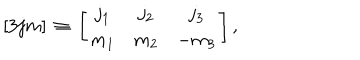
\left[ 3 j m \right] \, \equiv \, \left[ \begin{array} { c c c } { { j _ { 1 } } } & { { j _ { 2 } } } & { { j _ { 3 } } } \\ { { m _ { 1 } } } & { { m _ { 2 } } } & { { - m _ { 3 } } } \\ \end{array} \right] ,